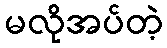
မလိုအပ်တဲ့